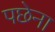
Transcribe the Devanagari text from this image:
पछेना